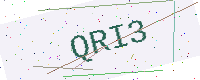
Text: QRI3